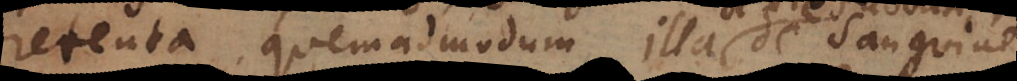
retenta. Quemadmodum illa de sanguine